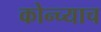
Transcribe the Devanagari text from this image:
कोन्च्याच